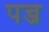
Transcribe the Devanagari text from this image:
पन्ज